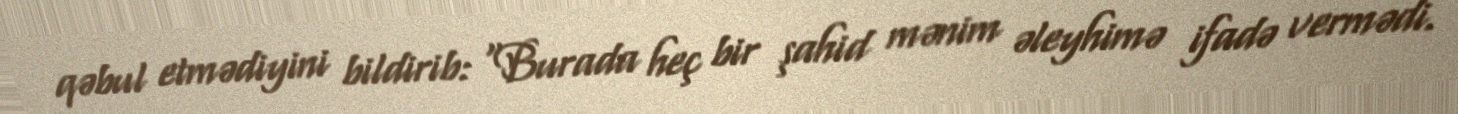
qəbul etmədiyini bildirib: “Burada heç bir şahid mənim əleyhimə ifadə vermədi.